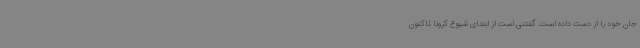
جان خود را از دست داده‌ است. گفتنی است از ابتدای شیوع کرونا تاکنون